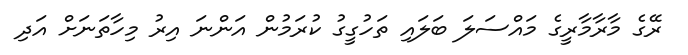
ރޭގެ މާރާމާރީގެ މައްސަލަ ބަލައި ތަހުގީގު ކުރަމުން އަންނަ އިރު މިހާތަނަށް އަދި